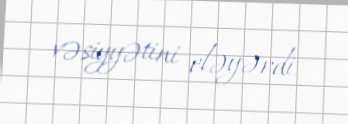
vəsiyyətini eləyərdi.